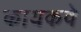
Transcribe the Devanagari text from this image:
कायकवे